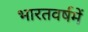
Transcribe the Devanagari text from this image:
भारतवर्षमें